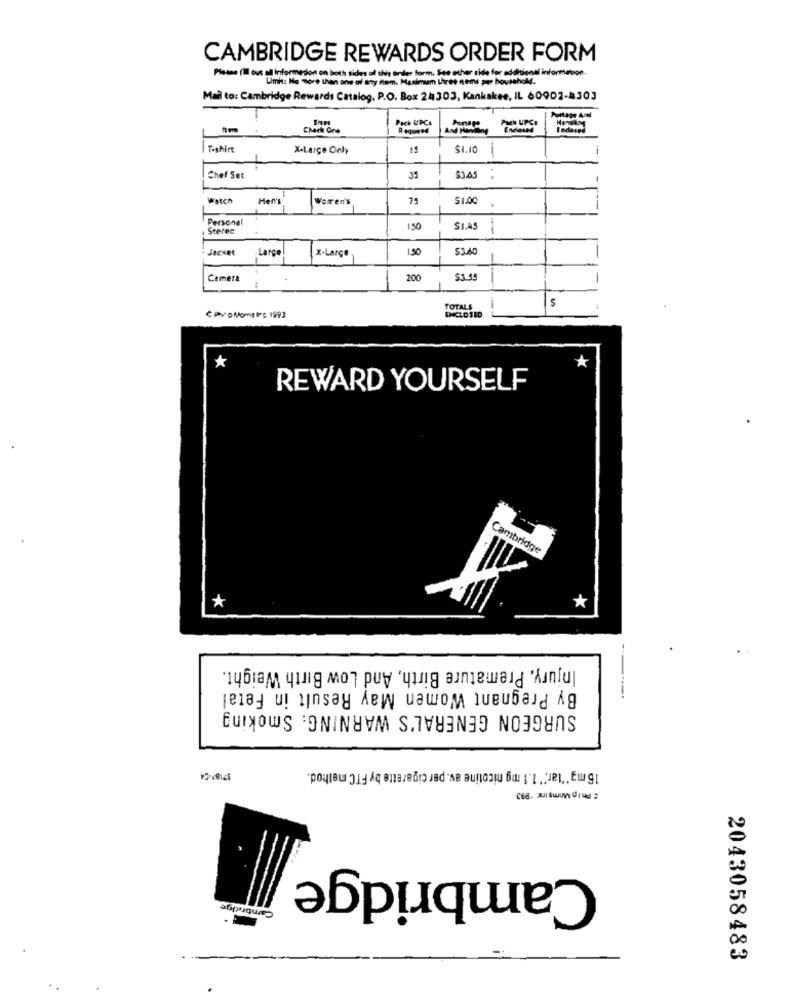
CAMBRIDGE REWARDS ORDER FORM
Please fill out ofl informedion on both sides of this order form. See other side for additional information
nh: No more than one of aty item. Maximum three nems per household.
Mail to: Cambridge Rewards Catalog, P.O. Box 24303, Kankakee, IL 60902-4303
Pick UPCA
Pontape
Pick UPCs
Check One
T-shirt
X-Large Only
Chef Set
35
$3.45
Watch
Men
Worren's
75
$1.00
Personal
Sterec
150
SI.45
Jacket
-Large
X-Large
1.50
53.60
Camera
200
$3 5
-
S
TOTALS
C PVDMomsIFÇ 1993
*
REWARD YOURSELF
Cambridge
*
*
Injury, Premature Birth, And Low Birth Weight.
By Pregnant Women May Result in Fetal
SURGEON GENERAL'S WARNING: Smoking
15 mg ""tar." 1.1 mg nicotine av. per cigarette by FTC method.
[68. al sur diu
Cambridge
2043058483